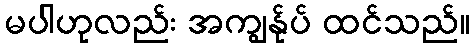
မပါဟုလည်း အကျွန်ုပ် ထင်သည်။